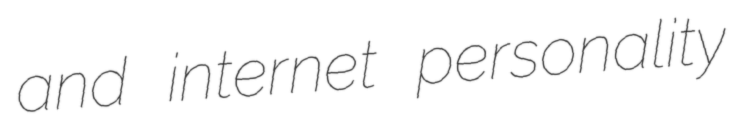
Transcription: and internet personality